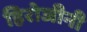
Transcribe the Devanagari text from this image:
हिरोजीनी